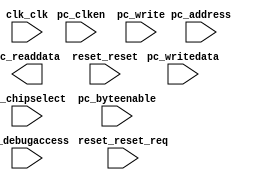

module unsaved (
	clk_clk,
	pc_address,
	pc_debugaccess,
	pc_clken,
	pc_chipselect,
	pc_write,
	pc_readdata,
	pc_writedata,
	pc_byteenable,
	reset_reset,
	reset_reset_req);	

	input		clk_clk;
	input	[4:0]	pc_address;
	input		pc_debugaccess;
	input		pc_clken;
	input		pc_chipselect;
	input		pc_write;
	output	[31:0]	pc_readdata;
	input	[31:0]	pc_writedata;
	input	[3:0]	pc_byteenable;
	input		reset_reset;
	input		reset_reset_req;
endmodule